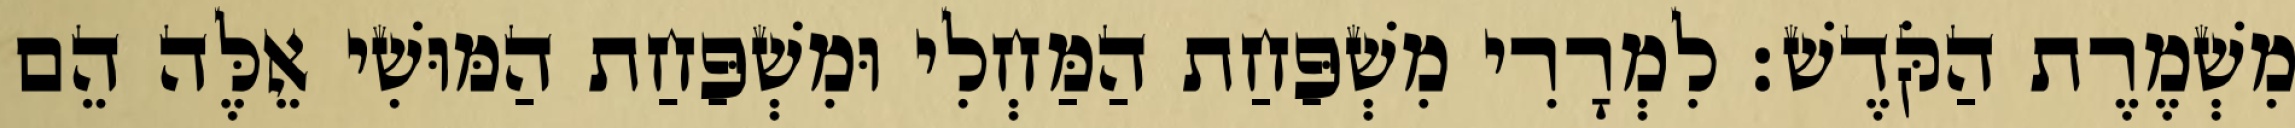
מִשְׁמֶרֶת הַקֹּדֶשׁ׃ לִמְרָרִי מִשְׁפַּחַת הַמַּחְלִי וּמִשְׁפַּחַת הַמּוּשִׁי אֵלֶּה הֵם